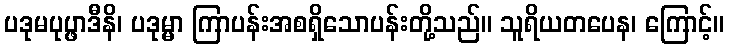
ပဒုမပုပ္ဖာဒီနိ၊ ပဒုမ္မာ ကြာပန်းအစရှိသောပန်းတို့သည်။ သူရိယတပေန၊ ကြောင့်။